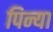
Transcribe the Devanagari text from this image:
पिन्या